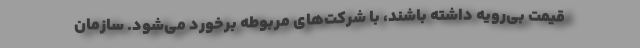
قیمت بی‌رویه داشته باشند، با شرکت‌های مربوطه برخورد می‌شود. سازمان